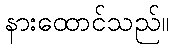
နားထောင်သည်။